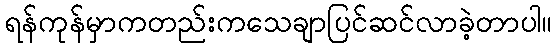
ရန်ကုန်မှာကတည်းကသေချာပြင်ဆင်လာခဲ့တာပါ။